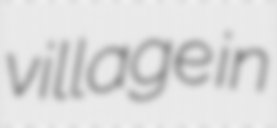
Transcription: village in